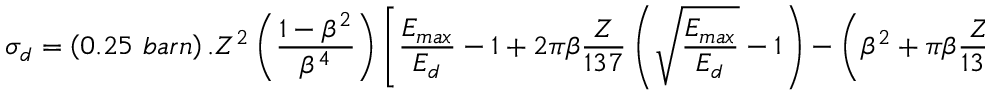
\sigma _ { d } = \left( 0 . 2 5 ~ b a r n \right) . Z ^ { 2 } \left( \frac { 1 - \beta ^ { 2 } } { \beta ^ { 4 } } \right) \left[ \frac { E _ { m a x } } { E _ { d } } - 1 + 2 \pi \beta \frac { Z } { 1 3 7 } \left( \sqrt { \frac { E _ { m a x } } { E _ { d } } } - 1 \right) - \left( \beta ^ { 2 } + \pi \beta \frac { Z } { 1 3 7 } \right) . l n \left( \frac { E _ { m a x } } { E _ { d } } \right) \right]